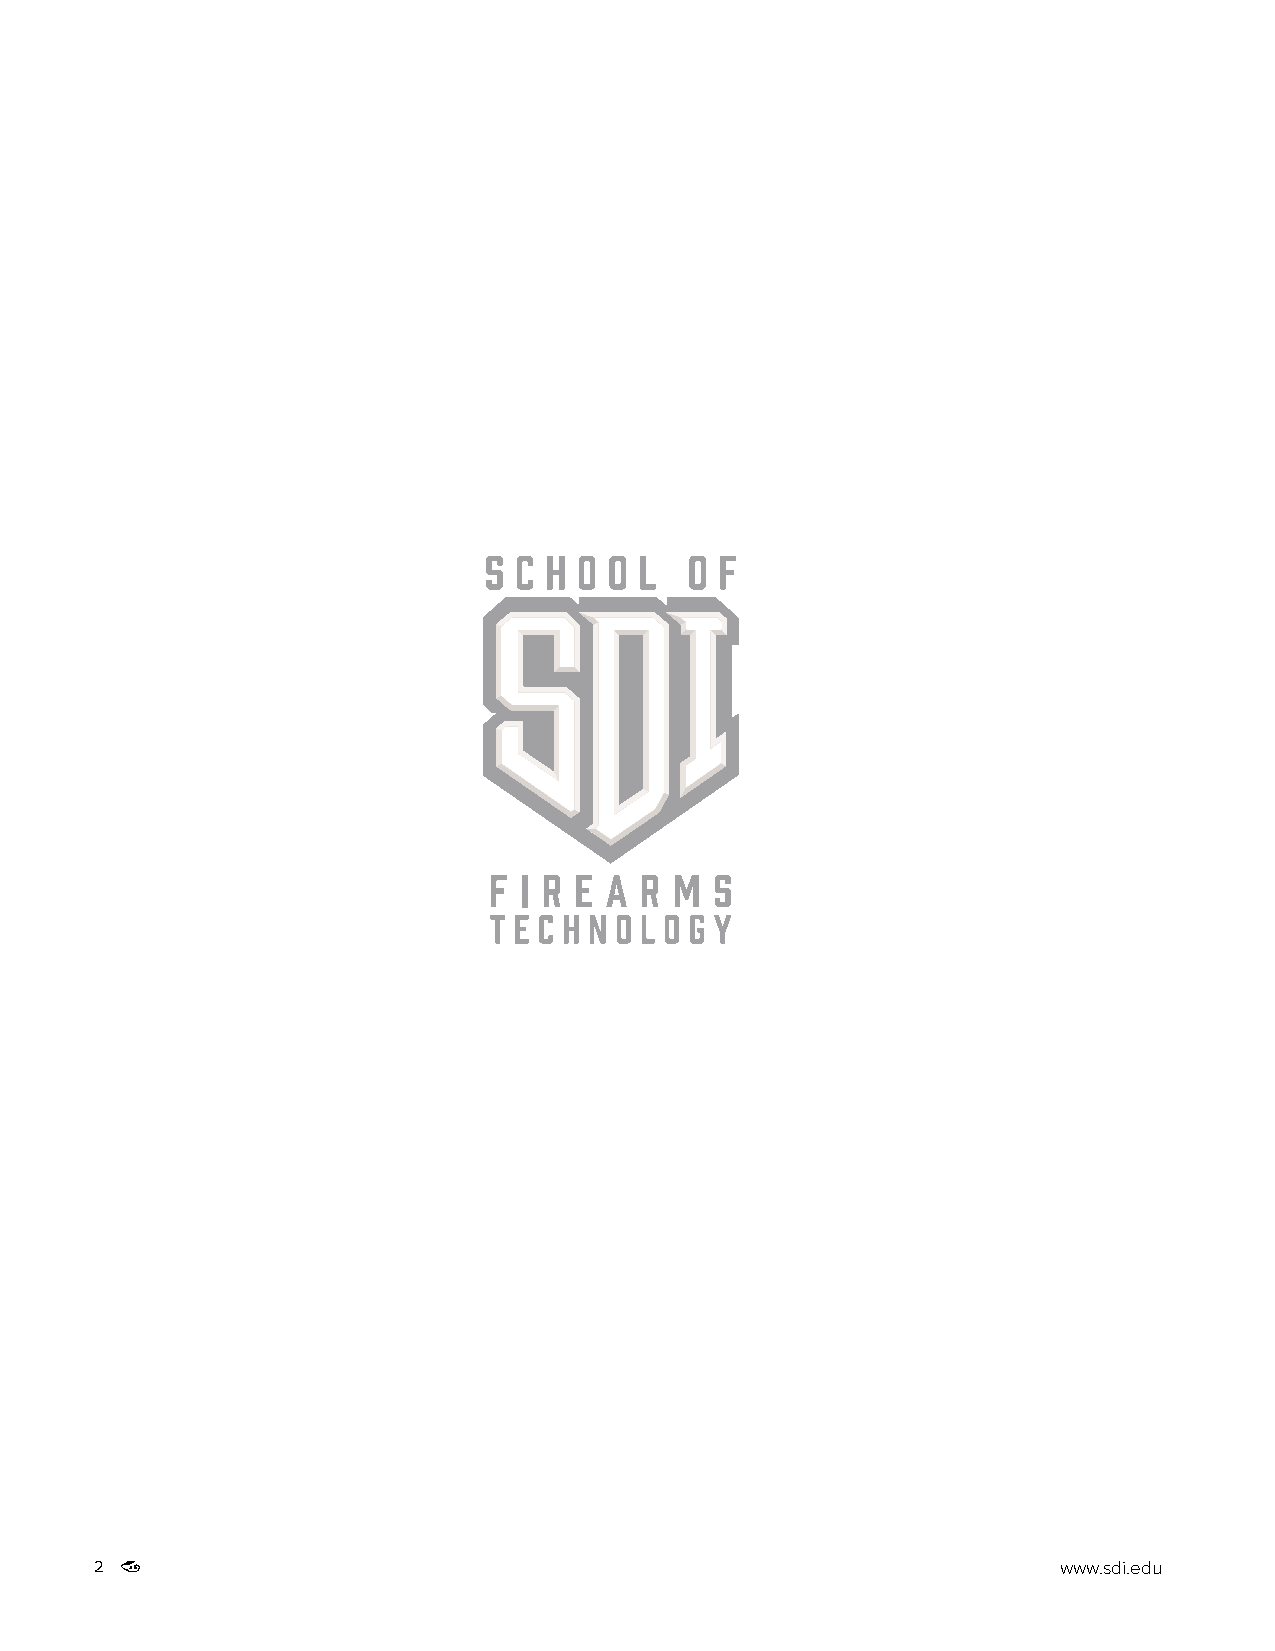
2                                                               www.sdi.edu